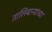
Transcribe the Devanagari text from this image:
तालिबान्यांच्या